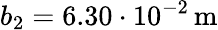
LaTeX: b_{2}=6.30\cdot 10^{-2}\, \mathrm{m}